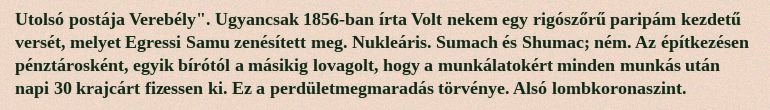
Utolsó postája Verebély". Ugyancsak 1856-ban írta Volt nekem egy rigószőrű paripám kezdetű versét, melyet Egressi Samu zenésített meg. Nukleáris. Sumach és Shumac; ném. Az építkezésen pénztárosként, egyik bírótól a másikig lovagolt, hogy a munkálatokért minden munkás után napi 30 krajcárt fizessen ki. Ez a perdületmegmaradás törvénye. Alsó lombkoronaszint.